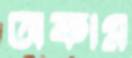
অকাম